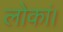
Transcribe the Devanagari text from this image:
लोकां।